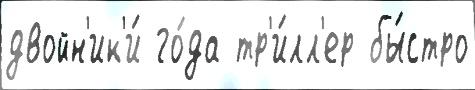
двойн'ик'и́ го́да тр'и́лл'ер бы́стро